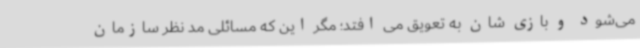
می‌شود و بازی شان به تعویق می افتد؛ مگر این که مسائلی مد نظر سازمان